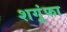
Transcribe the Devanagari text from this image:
शगूंफा